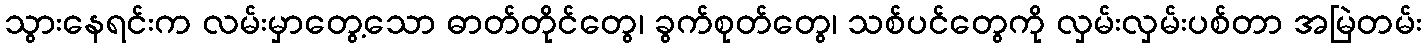
သွားနေရင်းက လမ်းမှာတွေ့သော ဓာတ်တိုင်တွေ၊ ခွက်စုတ်တွေ၊ သစ်ပင်တွေကို လှမ်းလှမ်းပစ်တာ အမြဲတမ်း